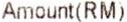
AMOUNT(RM)